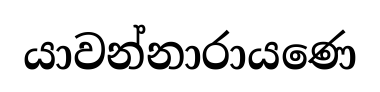
යාවන්නාරායණෙ